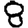
Digit: 8